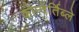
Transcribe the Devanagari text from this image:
कोन्वेर्तिब्ले